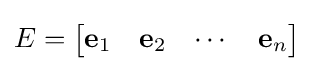
E={\begin{bmatrix}\mathbf {e} _{1}&\mathbf {e} _{2}&\cdots &\mathbf {e} _{n}\end{bmatrix}}